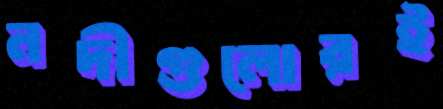
নদীগুলোরই